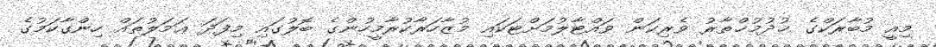
މިއީ މުބާރަކްގެ ޚުދުމުޚްތާރު ވެރިކަން ވައްޓާލުމަށްޓަކައި މުޒާހަރާކުރާމީހުންގެ ބޮލުގައި މިފަދަ ޢަމަލުތައް ހިންގާކަމުގެ